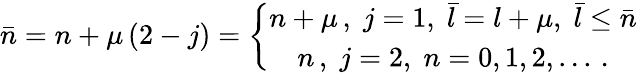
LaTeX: \bar{n}=n+\mu\left(2-j\right)=\left\{ \begin{array}{c}{{n+\mu\, ,\; j=1,\; \bar{l}=l+\mu,\; \bar{l}\leq\bar{n}}}\\ {{n\, ,\; j=2,\; n=0,1,2,...\, .}}\end{array}\right.